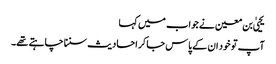
یحییٰ بن معین نے جواب میں کہا
آپ تو خود ان کے پاس جا کر احادیث سننا چاہتے تھے۔